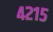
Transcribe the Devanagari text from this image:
४२१५